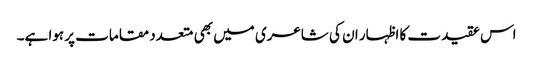
اس عقیدت کا اظہار ان کی شاعری میں بھی متعدد مقامات پر ہوا ہے۔